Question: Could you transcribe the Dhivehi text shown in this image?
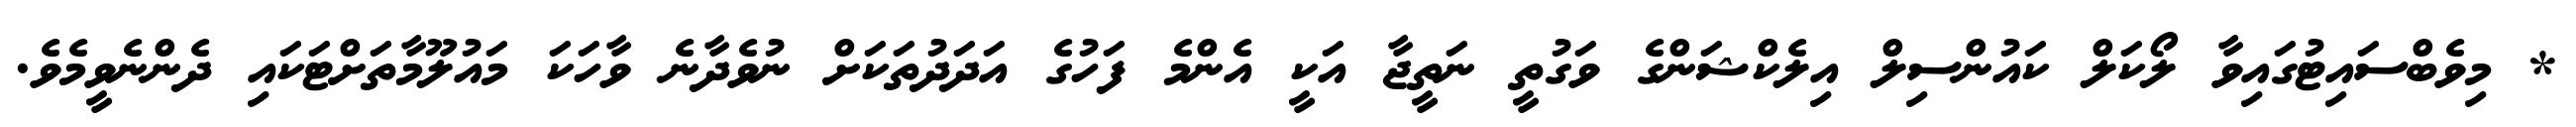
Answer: * މިވެބްސައިޓުގައިވާ ލޯކަލް ކައުންސިލް އިލެކްޝަންގެ ވަގުތީ ނަތީޖާ އަކީ އެންމެ ފަހުގެ އަދަދުތަކަށް ނުވެދާނެ ވާހަކަ މައުލޫމާތަށްޓަކައި ދެންނެވީމެވެ.